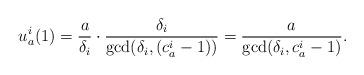
LaTeX: \begin{align*}u_a^i(1) = \frac{a}{\delta_i}\cdot\frac{\delta_i}{\gcd(\delta_i, (c_a^i-1))} = \frac{a}{\gcd(\delta_i, c_a^i-1)}.\end{align*}